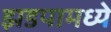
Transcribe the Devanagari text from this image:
झडपामध्ये